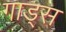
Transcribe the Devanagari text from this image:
गाड्स